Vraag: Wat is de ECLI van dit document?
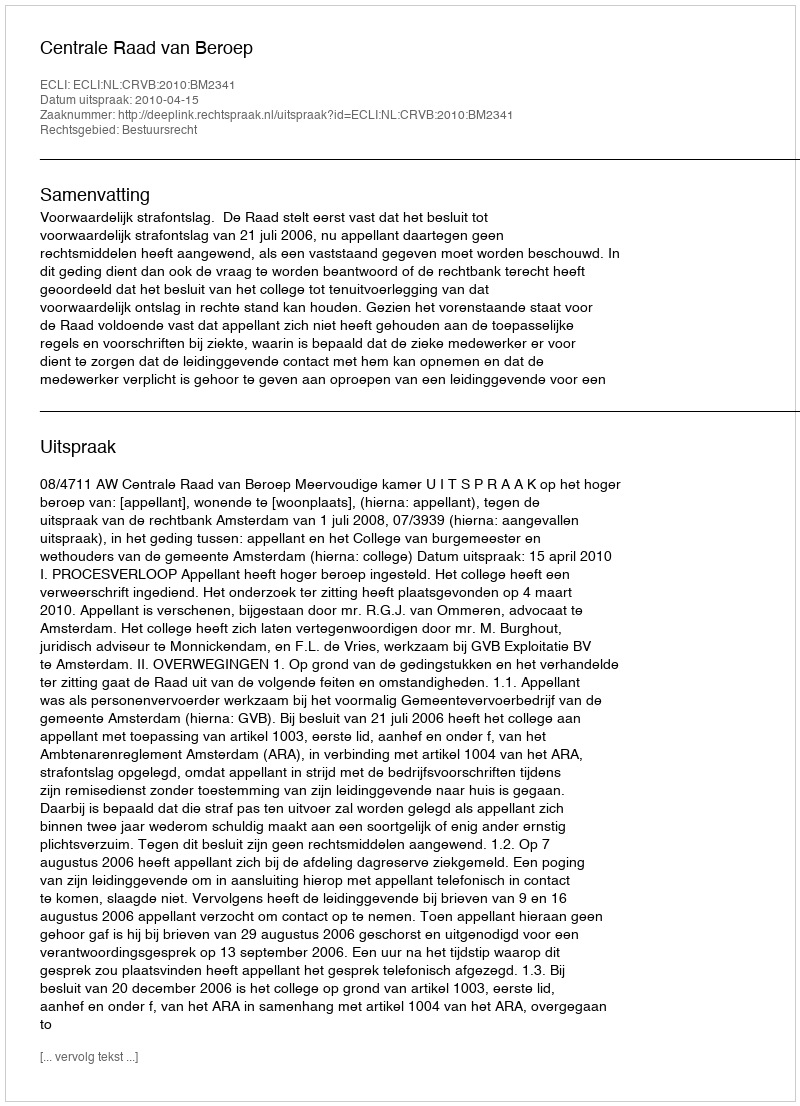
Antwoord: ECLI:NL:CRVB:2010:BM2341